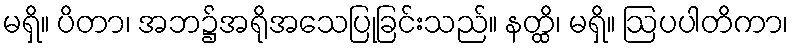
မရှိ။ ပိတာ၊ အဘ၌အရိုအသေပြုခြင်းသည်။ နတ္ထိ၊ မရှိ။ ဩပပါတိကာ၊